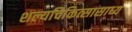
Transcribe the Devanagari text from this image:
शल्यचिकित्सासाध्य